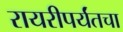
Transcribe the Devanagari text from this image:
रायरीपर्यंतचा